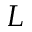
L